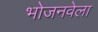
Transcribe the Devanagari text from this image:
भोजनवेला